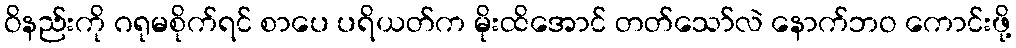
ဝိနည်းကို ဂရုမစိုက်ရင် စာပေ ပရိယတ်က မိုးထိအောင် တတ်သော်လဲ နောက်ဘဝ ကောင်းဖို့